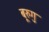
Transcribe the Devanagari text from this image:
बूरुगु